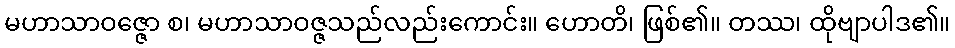
မဟာသာဝဇ္ဇော စ၊ မဟာသာဝဇ္ဇသည်လည်းကောင်း။ ဟောတိ၊ ဖြစ်၏။ တဿ၊ ထိုဗျာပါဒ၏။